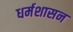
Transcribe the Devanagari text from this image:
धर्मशासन